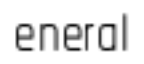
eneral